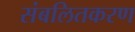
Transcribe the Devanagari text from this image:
संबलितकरण